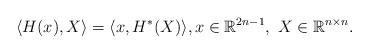
LaTeX: \begin{align*}\langle H(x),X\rangle=\langle x, H^*(X)\rangle, x\in \mathbb R^{2n-1},\ X\in \mathbb R^{n\times n}.\end{align*}